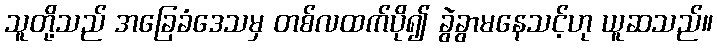
သူတို့သည် အခြေခံဒေသမှ တစ်လထက်ပို၍ ခွဲခွာမနေသင့်ဟု ယူဆသည်။